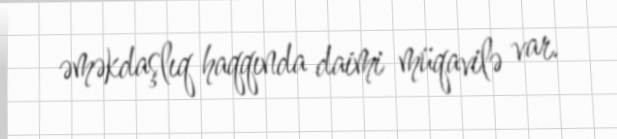
əməkdaşlıq haqqında daimi müqavilə var.